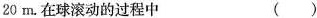
20m.在球滚动的过程中（）